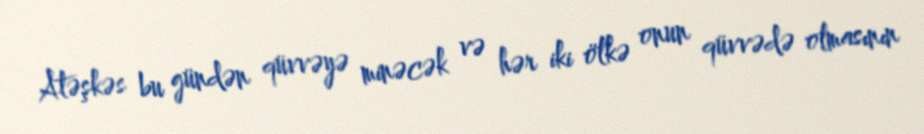
Atəşkəs bu gündən qüvvəyə minəcək və hər iki ölkə onun qüvvədə olmasının